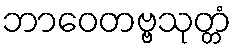
ဘာဝေတဗ္ဗသုတ္တံ